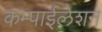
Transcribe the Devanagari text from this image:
कम्पाईलेशन